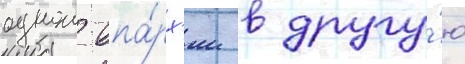
однои епа́рх'ии в другу́ю